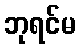
ဘုရင်မ